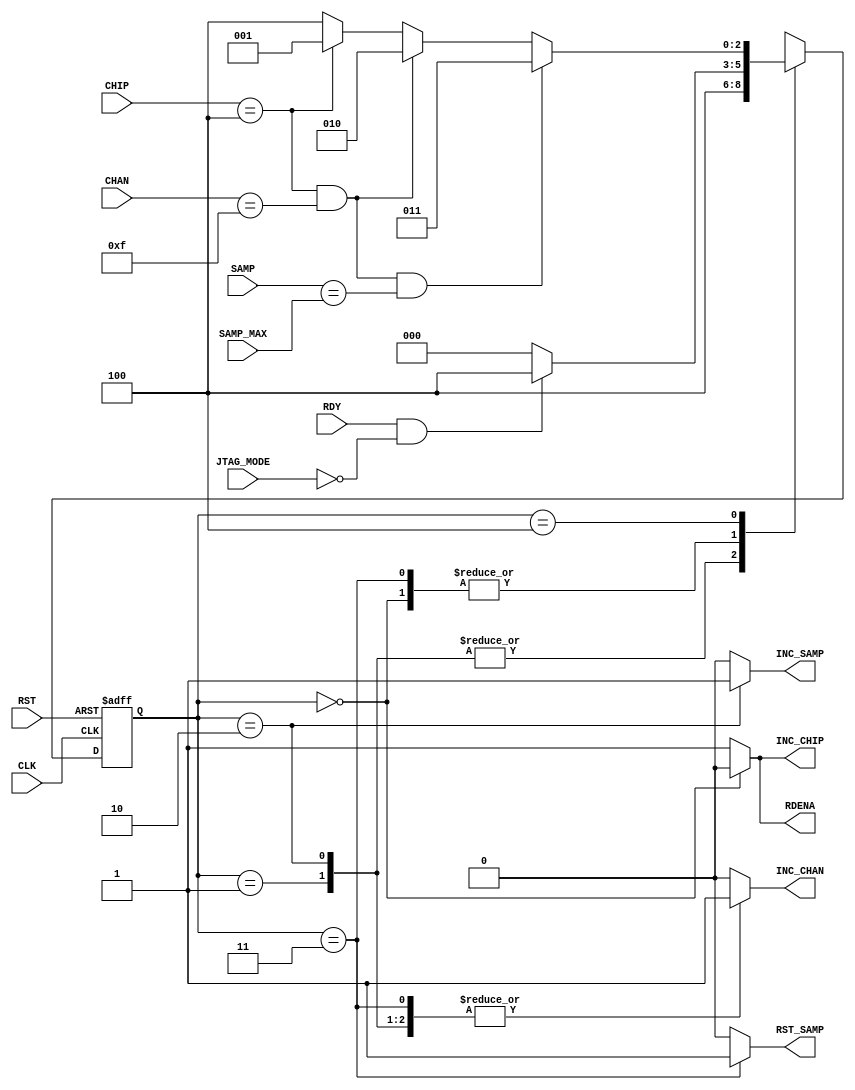

// Created by fizzim.pl version 3.60 on 2011:05:27 at 18:46:02 (www.fizzim.com)

module Readout_FIFO_FSM (
  output reg INC_CHAN,
  output reg INC_CHIP,
  output reg INC_SAMP,
  output reg RDENA,
  output reg RST_SAMP,
  input CLK,
  input JTAG_MODE,
  input RDY,
  input RST,
  input wire [2:0] CHIP,
  input wire [3:0] CHAN,
  input wire [6:0]SAMP,
  input wire [6:0]SAMP_MAX 
);
  
  // state bits
  parameter 
  Idle     = 3'b000, 
  Inc_Chan = 3'b001, 
  Inc_Samp = 3'b010, 
  Last     = 3'b011, 
  Rd_Ena   = 3'b100; 
  
  reg [2:0] state;
  reg [2:0] nextstate;
  
  // comb always block
  always @* begin
    nextstate = 3'bx; // default to x because default_state_is_x is set
    INC_CHAN = 0; // default
    INC_CHIP = 1; // default
    INC_SAMP = 0; // default
    RDENA = 1; // default
    RST_SAMP = 0; // default
    case (state)
      Idle    : begin
                                                                            INC_CHIP = 0;
                                                                            RDENA = 0;
        if              (RDY && !JTAG_MODE)                                 nextstate = Rd_Ena;
        else                                                                nextstate = Idle;
      end
      Inc_Chan: begin
                                                                            INC_CHAN = 1;
                                                                            nextstate = Rd_Ena;
      end
      Inc_Samp: begin
                                                                            INC_CHAN = 1;
                                                                            INC_SAMP = 1;
                                                                            nextstate = Rd_Ena;
      end
      Last    : begin
                                                                            INC_CHAN = 1;
                                                                            RST_SAMP = 1;
        if              (RDY && !JTAG_MODE)                                 nextstate = Rd_Ena;
        else                                                                nextstate = Idle;
      end
      Rd_Ena  : if      ((CHIP == 4) && (CHAN ==15) && (SAMP == SAMP_MAX))  nextstate = Last;
                else if ((CHIP == 4) && (CHAN == 15))                       nextstate = Inc_Samp;
                else if ((CHIP == 4))                                       nextstate = Inc_Chan;
                else                                                        nextstate = Rd_Ena;
    endcase
  end
  
  // Assign reg'd outputs to state bits
  
  // sequential always block
  always @(posedge CLK or posedge RST) begin
    if (RST)
      state <= Idle;
    else
      state <= nextstate;
  end
  
  // This code allows you to see state names in simulation
  `ifndef SYNTHESIS
  reg [63:0] statename;
  always @* begin
    case (state)
      Idle    : statename = "Idle";
      Inc_Chan: statename = "Inc_Chan";
      Inc_Samp: statename = "Inc_Samp";
      Last    : statename = "Last";
      Rd_Ena  : statename = "Rd_Ena";
      default : statename = "XXXXXXXX";
    endcase
  end
  `endif

endmodule